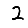
Digit: 2